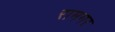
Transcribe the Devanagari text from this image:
रामगर